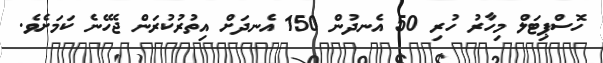
ހޮސްޕިޓަލް މިހާރު ހުރި 50 އެނދުން 150 އެނދަށް އިތުރުކުރަން ޖެހޭނެ ކަމަށެވެ.